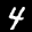
Label: 4